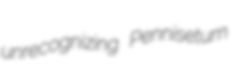
unrecognizing Pennisetum